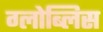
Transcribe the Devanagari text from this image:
ग्लोब्लिस